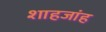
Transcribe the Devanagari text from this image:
शाहजांह